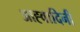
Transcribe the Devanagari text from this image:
आह्वादिनी